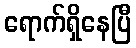
ရောက်ရှိနေပြီ